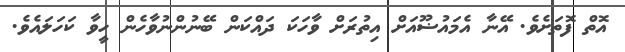
އޮތް ފޮތަށެވެ. އޭނާ އެމައުޟޫއަށް އިތުރަށް ވާހަކަ ދައްކަން ބޭނުންނުވާހެން ހީވާ ކަހަލައެވެ.